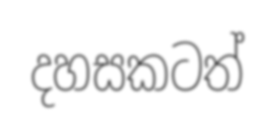
දහසකටත්